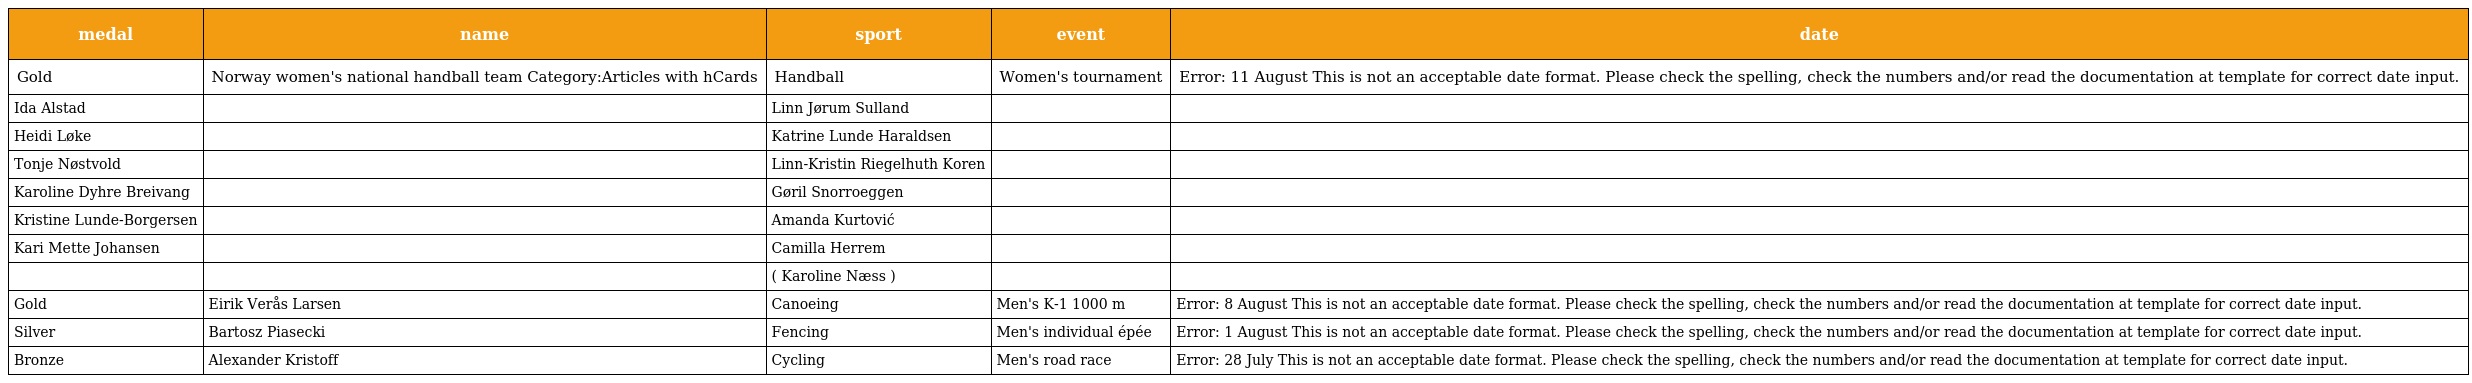
| medal | name | sport | event | date |
 | --- | --- | --- | --- | --- |
 | Gold | Norway women's national handball team Category:Articles with hCards | Handball | Women's tournament | Error: 11 August This is not an acceptable date format. Please check the spelling, check the numbers and/or read the documentation at template for correct date input. |
 | Ida Alstad |  | Linn Jørum Sulland |  |  |
 | Heidi Løke |  | Katrine Lunde Haraldsen |  |  |
 | Tonje Nøstvold |  | Linn-Kristin Riegelhuth Koren |  |  |
 | Karoline Dyhre Breivang |  | Gøril Snorroeggen |  |  |
 | Kristine Lunde-Borgersen |  | Amanda Kurtović |  |  |
 | Kari Mette Johansen |  | Camilla Herrem |  |  |
 |  |  | ( Karoline Næss ) |  |  |
 | Gold | Eirik Verås Larsen | Canoeing | Men's K-1 1000 m | Error: 8 August This is not an acceptable date format. Please check the spelling, check the numbers and/or read the documentation at template for correct date input. |
 | Silver | Bartosz Piasecki | Fencing | Men's individual épée | Error: 1 August This is not an acceptable date format. Please check the spelling, check the numbers and/or read the documentation at template for correct date input. |
 | Bronze | Alexander Kristoff | Cycling | Men's road race | Error: 28 July This is not an acceptable date format. Please check the spelling, check the numbers and/or read the documentation at template for correct date input. |